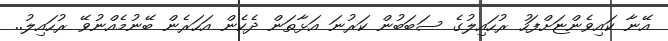
އޭނާ ކައިވެންޏަށްފަހު ރުހައިލުގެ ސަބަބުން ކަރުނަ އަޅާތަން ދެކެން އަހަރެން ބޭނުމެއްނުވޭ ރުހައިލު..